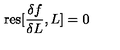
\mathrm { r e s } [ \frac { \delta f } { \delta L } , L ] = 0